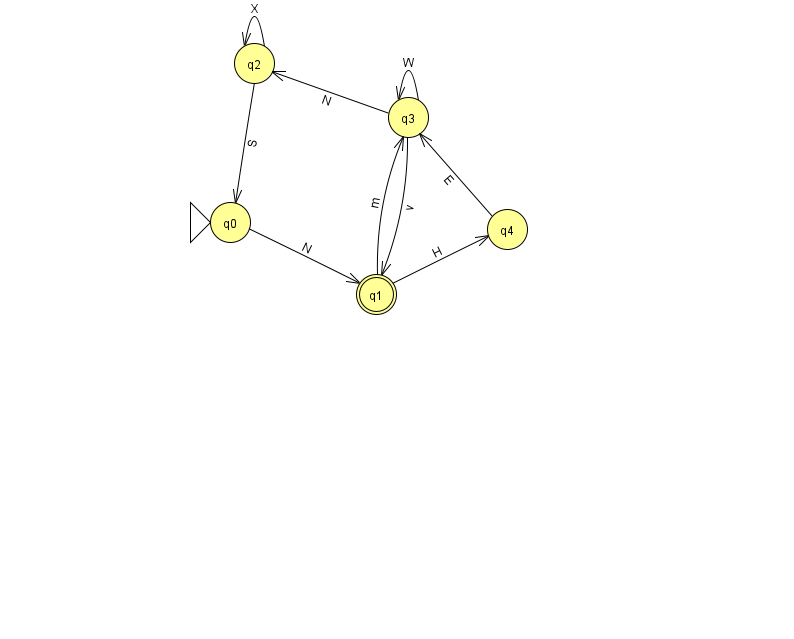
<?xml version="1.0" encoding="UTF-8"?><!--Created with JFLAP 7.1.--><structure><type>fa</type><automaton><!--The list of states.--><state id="0" name="q0"><x>230.0</x><y>209.0</y><initial/></state><state id="1" name="q1"><x>376.0</x><y>281.0</y><final/></state><state id="2" name="q2"><x>254.0</x><y>50.0</y></state><state id="3" name="q3"><x>408.0</x><y>104.0</y></state><state id="4" name="q4"><x>507.0</x><y>216.0</y></state><!--The list of transitions.--><transition><from>2</from><to>0</to><read>S</read></transition><transition><from>1</from><to>4</to><read>H</read></transition><transition><from>3</from><to>1</to><read>v</read></transition><transition><from>3</from><to>3</to><read>W</read></transition><transition><from>2</from><to>2</to><read>X</read></transition><transition><from>4</from><to>3</to><read>E</read></transition><transition><from>0</from><to>1</to><read>N</read></transition><transition><from>3</from><to>2</to><read>N</read></transition><transition><from>1</from><to>3</to><read>m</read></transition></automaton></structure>